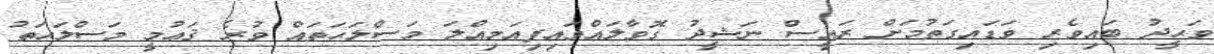
ވަޙީދު ބައިވެރި ވަޑައިގަތުމަށް ރައީސް ނަޝީދު ގޮވާލައްވައިފިއަމިއްލަ މަސްލަޙަތައް ވުރެ ޤަޢުމީ މަސްލަޙަތު